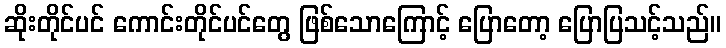
ဆိုးတိုင်ပင် ကောင်းတိုင်ပင်တွေ ဖြစ်သောကြောင့် ပြောတော့ ပြောပြသင့်သည်။